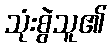
သုံးစွဲသူ၏